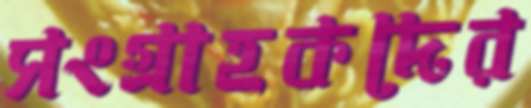
সংগ্রাহকদের